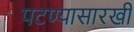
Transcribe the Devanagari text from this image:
पटण्यासारखी